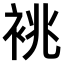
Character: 𫋺